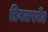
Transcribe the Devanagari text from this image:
डिवलपमेंट